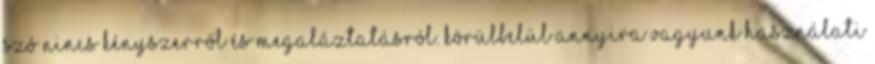
szó nincs kényszerről és megaláztatásról. Körülbelül annyira vagyunk használati